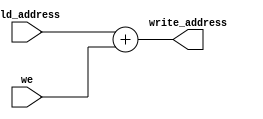
module WA_CTRL (
  input we, 
  input  [15:0] old_address, 
  output [15:0] write_address
);
assign write_address = old_address + we ;
endmodule //WA_CTRL